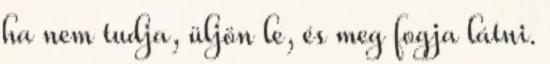
ha nem tudja, üljön le, és meg fogja látni.